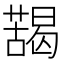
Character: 𱾮